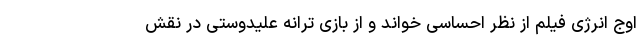
اوج انرژی فیلم از نظر احساسی خواند و از بازی ترانه علیدوستی در نقش